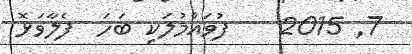
7